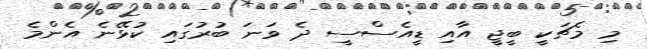
މި މެޗަކީ ބީޖީ އާއި ޑީއެސްސީ ދެ ވަނަ ބުރުގައި ކުޅޭނެ އެންމެ